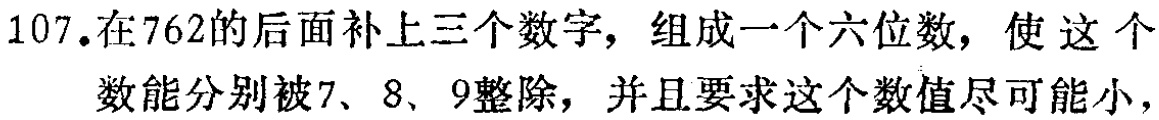
107.在762的后面补上三个数字，组成一个六位数，使 这 个 数能分别被7、8、9整除，并且要求这个数值尽可能小，